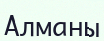
Алманы